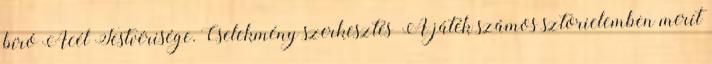
bíró Acél Testvérisége. Cselekmény szerkesztés A játék számos sztorielemben merít